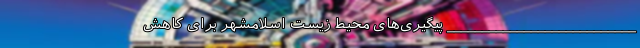
___________________________ پیگیری‌های محیط زیست اسلامشهر برای کاهش